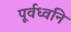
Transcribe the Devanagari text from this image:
पूर्वध्वनि